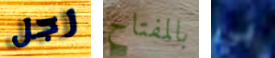
رجل بالمفتاح بي